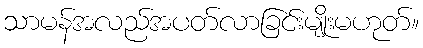
သာမန်အလည်အပတ်လာခြင်းမျိုးမဟုတ်။